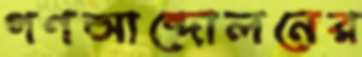
গণআন্দোলনের